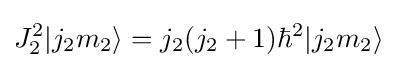
J_{2}^{2}|j_{2}m_{2}\rangle =j_{2}(j_{2}+1)\hbar ^{2}|j_{2}m_{2}\rangle